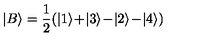
| B \rangle = \frac { 1 } { 2 } ( | 1 \rangle \! + \! | 3 \rangle \! - \! | 2 \rangle \! - \! | 4 \rangle )